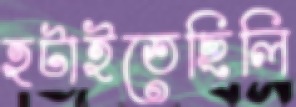
হটাইতেছিলি